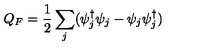
Q _ { F } = \frac { 1 } { 2 } \sum _ { j } ( \psi _ { j } ^ { \dagger } \psi _ { j } - \psi _ { j } \psi _ { j } ^ { \dagger } )